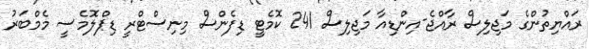
ރައްޔިތުންގެ މަޖިލިސް ރާއްޖެ-އިންޑިއާ މަޖިލިސް 241 ކޮމެޓީ ޑިފެންސް މިނިސްޓްރީ ޑިޕްލޮމެސީ މެމްބަރު